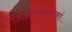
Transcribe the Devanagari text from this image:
जिज्ञासमानानां